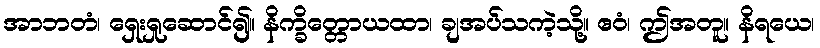
အာဘတံ၊ ရှေးရှုဆောင်၍။ နိက္ခိတ္တောယထာ၊ ချအပ်သကဲ့သို့။ ဧဝံ၊ ဤအတူ။ နိရယေ၊